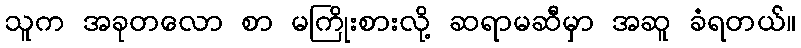
သူက အခုတလော စာ မကြိုးစားလို့ ဆရာမဆီမှာ အဆူ ခံရတယ်။